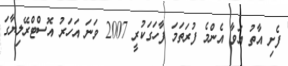
ފެށި އާތު އަވާ އެންމެ ފުރަތަމަ ފާހަގަކުރީ 2007 ވަނަ އަހަރު އޮސްޓްރޭލިޔާގަ